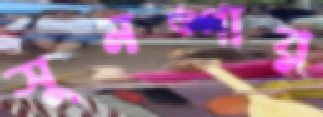
সুনঙ্গার